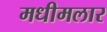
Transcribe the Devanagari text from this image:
मधीमलार